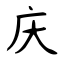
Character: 庆